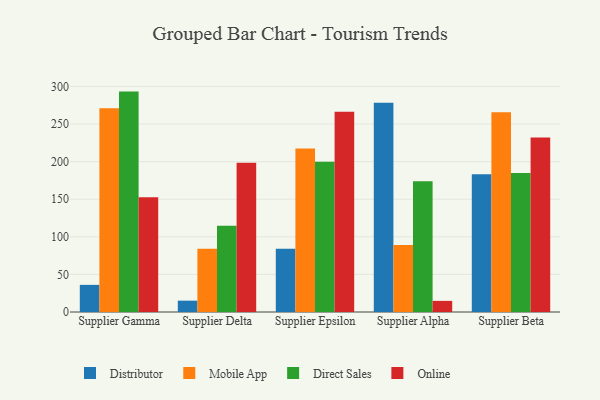
{"axis": {"x": "Supplier", "y": "Conversion Rate (%)"}, "legend": ["Direct Sales", "Distributor", "Mobile App", "Online"], "data": [{"x": "Supplier Gamma", "y": 36.1, "type": "Distributor"}, {"x": "Supplier Gamma", "y": 270.9, "type": "Mobile App"}, {"x": "Supplier Gamma", "y": 293.2, "type": "Direct Sales"}, {"x": "Supplier Gamma", "y": 152.5, "type": "Online"}, {"x": "Supplier Delta", "y": 15.1, "type": "Distributor"}, {"x": "Supplier Delta", "y": 84.2, "type": "Mobile App"}, {"x": "Supplier Delta", "y": 114.9, "type": "Direct Sales"}, {"x": "Supplier Delta", "y": 198.5, "type": "Online"}, {"x": "Supplier Epsilon", "y": 84.1, "type": "Distributor"}, {"x": "Supplier Epsilon", "y": 217.4, "type": "Mobile App"}, {"x": "Supplier Epsilon", "y": 199.9, "type": "Direct Sales"}, {"x": "Supplier Epsilon", "y": 266.3, "type": "Online"}, {"x": "Supplier Alpha", "y": 278.3, "type": "Distributor"}, {"x": "Supplier Alpha", "y": 89.2, "type": "Mobile App"}, {"x": "Supplier Alpha", "y": 174.0, "type": "Direct Sales"}, {"x": "Supplier Alpha", "y": 14.8, "type": "Online"}, {"x": "Supplier Beta", "y": 183.2, "type": "Distributor"}, {"x": "Supplier Beta", "y": 265.8, "type": "Mobile App"}, {"x": "Supplier Beta", "y": 184.9, "type": "Direct Sales"}, {"x": "Supplier Beta", "y": 232.0, "type": "Online"}]}